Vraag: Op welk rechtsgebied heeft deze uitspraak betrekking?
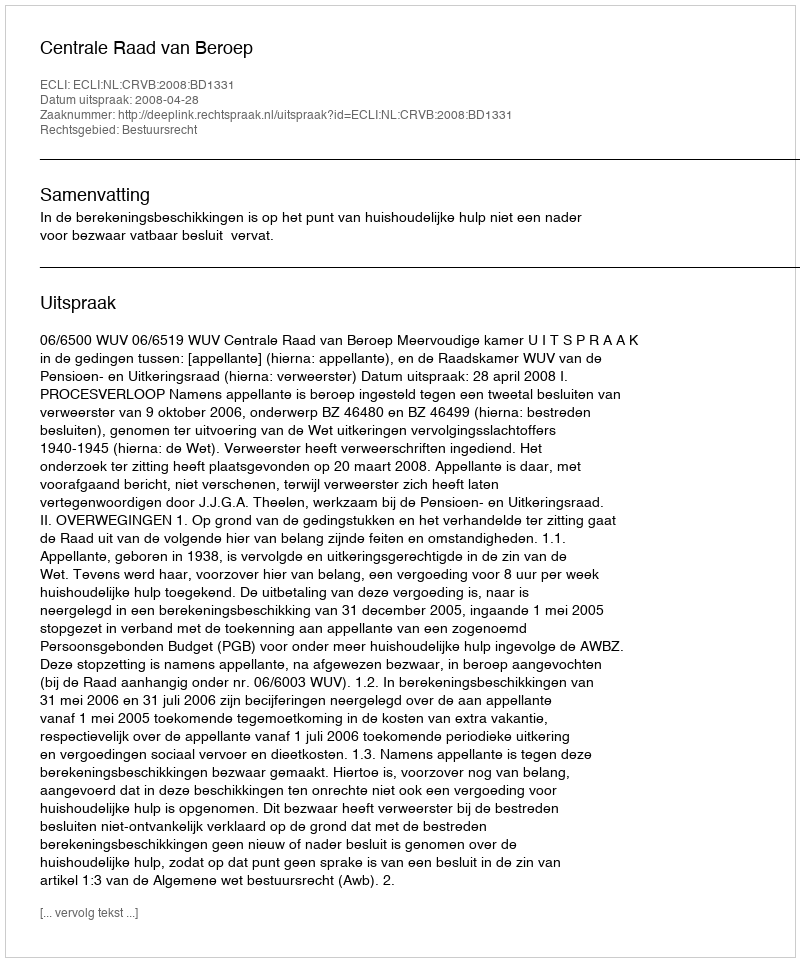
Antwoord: Bestuursrecht